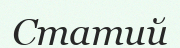
Статий